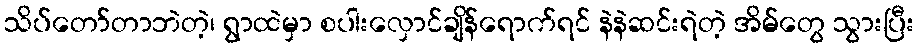
သိပ်တော်တာဘဲတဲ့၊ ရွာထဲမှာ စပါးလှောင်ချိန်ရောက်ရင် နဲနဲဆင်းရဲတဲ့ အိမ်တွေ သွားပြီး